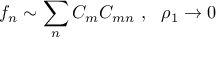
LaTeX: f _ { n } \sim \sum _ { n } { \cal C } _ { m } { \cal C } _ { m n } \ , \ \ \rho _ { 1 } \rightarrow 0